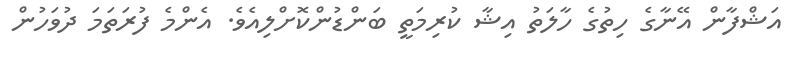
އަޝްފާން އޭނާގެ ހިތުގެ ހާލަތު އިޝާ ކުރިމަތީ ބަންޑުންކޮށްލިއެވެ. އެންމެ ފުރަތަމަ ދުވަހުން